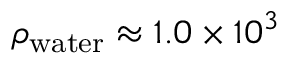
\rho _ { \mathrm { w a t e r } } \approx 1 . 0 \times 1 0 ^ { 3 }